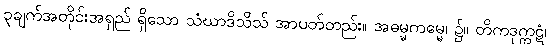
၃ချက်အတိုင်းအရှည် ရှိသော သံဃာဒိသိသ် အာပတ်တည်း။ အဓမ္မကမ္မေ၊ ၌။ တိကဒုက္ကဋံ၊